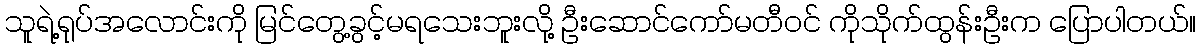
သူရဲ့ရုပ်အလောင်းကို မြင်တွေ့ခွင့်မရသေးဘူးလို့ ဦးဆောင်ကော်မတီဝင် ကိုသိုက်ထွန်းဦးက ပြောပါတယ်။